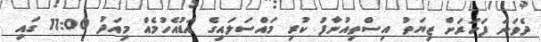
ދެވަނަ ފަހަރަށް ޒިޔަތު އިސްތިއުނާފު ކުރި މައްސަލައިގެ އަޑުއެހުމެއް މިއަދު 11:00 ގައި